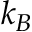
k _ { B }